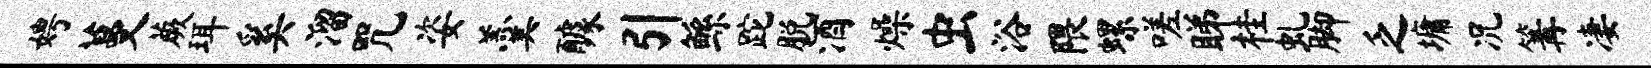
娉蔓蕨珥奚溜咒姿羹醵引鲧跎脱酒燥虫浴隈螺嗟睇桂虬脚乏墉况篝凄